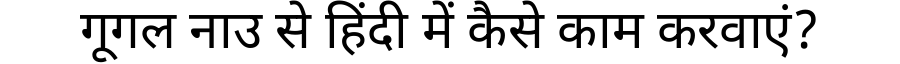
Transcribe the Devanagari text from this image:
गूगल नाउ से हिंदी में कैसे काम करवाएं?